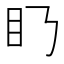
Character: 𥃥